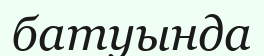
батуында